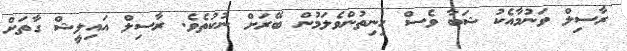
ރާސިލް ވަނުމާއެކު ޝަބާ ވެސް ހިނިތުންވެލަމުން ބޭރަށް ނުކުތެވެ. ރާސިލް އައިލީޝް ގާތަށް